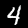
Digit: 4